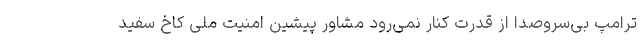
ترامپ بی‌سروصدا از قدرت کنار نمی‌رود مشاور پیشین امنیت ملی کاخ سفید